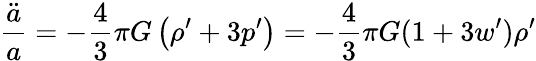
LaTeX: {\frac{\ddot{a}}{a}}=-{\frac{4}{3}}\pi G\left(\rho^{\prime}+3p^{\prime}\right)=-{\frac{4}{3}}\pi G(1+3w^{\prime})\rho^{\prime}